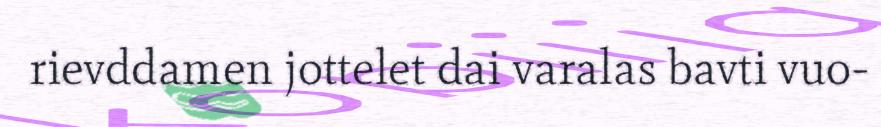
rievddamen jottelet dai varalas bavti vuo-